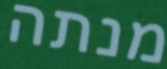
מנתה